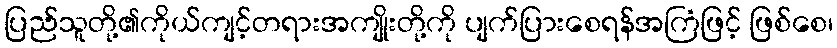
ပြည်သူတို့၏ကိုယ်ကျင့်တရားအကျိုးတို့ကို ပျက်ပြားစေရန်အကြံဖြင့် ဖြစ်စေ၊